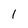
Character: 1